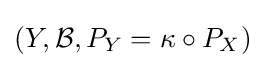
(Y,{\mathcal {B}},P_{Y}=\kappa \circ P_{X})